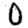
Digit: 0